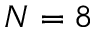
N = 8